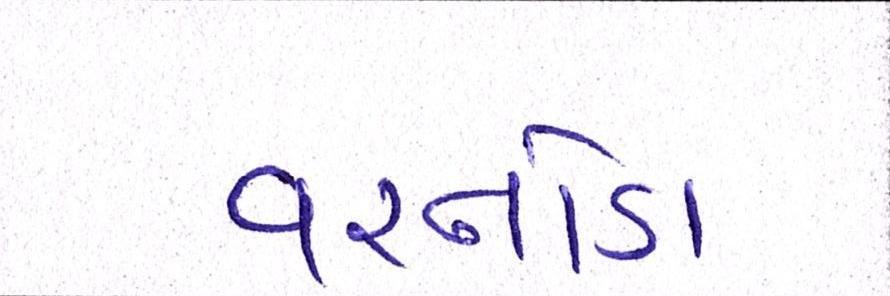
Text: વરનોડા